Indian journal of veterinary science and animal husbandry - Volumes 26-27, 1956-1957
Year: 1956
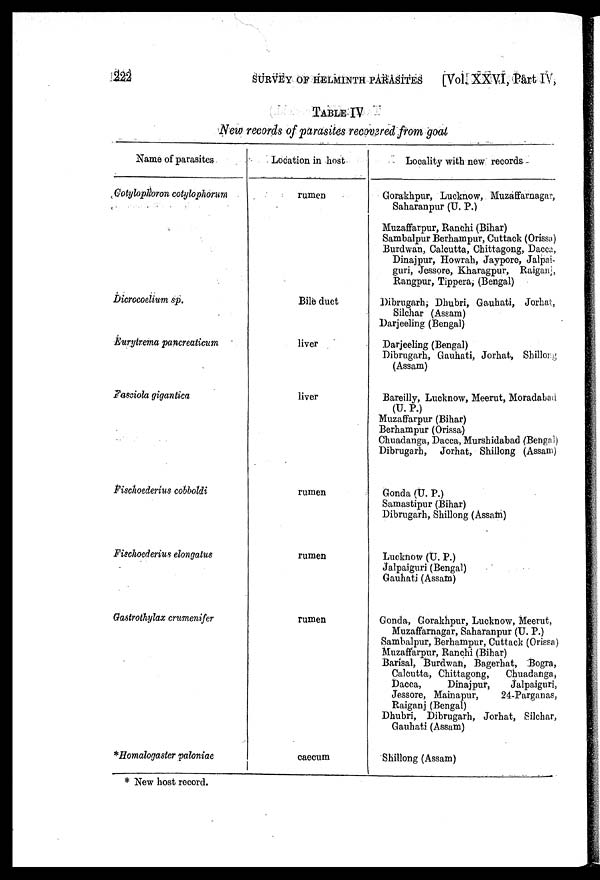
222 SURVEY OF HELMINTH PARASITES [Vol, XXVI, Part IV,
TABLE IV
New records of parasites recovered from goat
Name of parasites
Gotylophoron cotylophorum
Dicrocoelium sp.
Eurytrema pancreaticum
Fesciola gigantica
Fischoederius cobboldi
Fischoederius elongatus
Gastrothylax crumenifer
*Homalogaster paloniae
Location in host
rumen
Bile duct
liver
liver
rumen
rumen
rumen
caecum
Locality with new records
Gorakhpur, Lucknow, Muzaffarnagar,
Saharanpur (U. P.)
Muzaffarpur, Ranchi (Bihar)
Sambalpur Berhampur, Cuttack (Orissa)
Burdwan, Calcutta, Chittagong, Dacca,
Dinajpur, Howrah, Jaypore, Jalpai-
guri, Jessore, Kharagpur, Raiganj,
Rangpur, Tippera, (Bengal)
Dibrugarh; Dhubri, Gauhati, Jorhat,
Silchar (Assam)
Darjeeling (Bengal)
Darjeeling (Bengal)
Dibrugarh, Gauhati, Jorhat, Shillong
(Assam)
Bareilly, Lucknow, Meerut, Moradabad
(U. P.)
Muzaffarpur (Bihar)
Berhampur (Orissa)
Chuadanga, Dacca, Murshidabad (Bengal)
Dibrugarh, Jorhat, Shillong (Assam)
Gonda (U. P.)
Samastipur (Bihar)
Dibrugarh, Shillong (Assam)
Lucknow (U. P.)
Jalpaiguri (Bengal)
Gauhati (Assam)
Gonda, Gorakhpur, Lucknow, Meerut,
Muzaffarnagar, Saharanpur (U. P.)
Sambalpur, Berhampur, Cuttack (Orissa)
Muzaffarpur, Ranchi (Bihar)
Barisal, Burdwan, Bagerhat, Bogra,
Calcutta, Chittagong,
Chuadanga,
Dacca,
Dinajpur,
Jalpaiguri,
Jessore, Mainapur,
24-Parganas,
Raiganj (Bengal)
Dhubri, Dibrugarh, Jorhat, Silchar,
Gauhati (Assam)
Shillong (Assam)
* New host record.